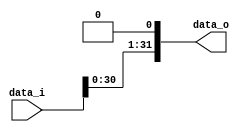
`timescale 1ns / 1ps

module Shift2 (
  input [31:0] data_i,
  output [31:0] data_o
);

assign data_o = {data_i[30:0],1'b0};

endmodule